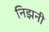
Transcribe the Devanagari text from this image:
निझनी